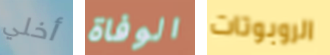
أخلي الوفاة الروبوتات